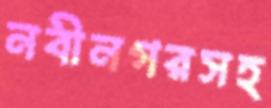
নবীনগরসহ